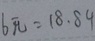
6 \pi = 1 8 . 8 9